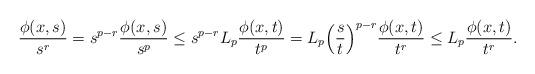
LaTeX: \begin{align*}\frac{\phi(x,s)}{s^r}= s^{p-r}\frac{\phi(x,s)}{s^{p}}\le s^{p-r}L_p\frac{\phi(x,t)}{t^{p}}= L_p\Big{(}\frac{s}{t}\Big{)}^{p-r}\frac{\phi(x,t)}{t^r}\le L_p\frac{\phi(x,t)}{t^r}.\end{align*}